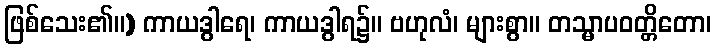
ဖြစ်သေး၏။) ကာယဒွါရေ၊ ကာယဒွါရ၌။ ဗဟုလံ၊ များစွာ။ တသ္မာပဝတ္တိတော၊